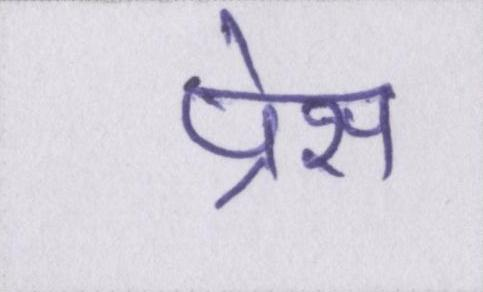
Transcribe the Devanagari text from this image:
प्रैस